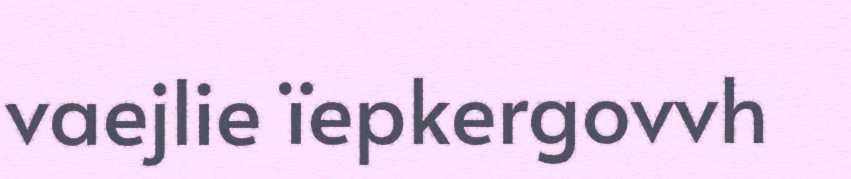
vaejlie ïepkergovvh